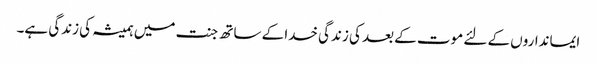
ایمانداروں کے لئے موت کے بعد کی زندگی خدا کے ساتھ جنت میں ہمیشہ کی زندگی ہے۔